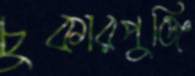
চুকারপুঞ্জি